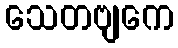
သေတဗျကေ